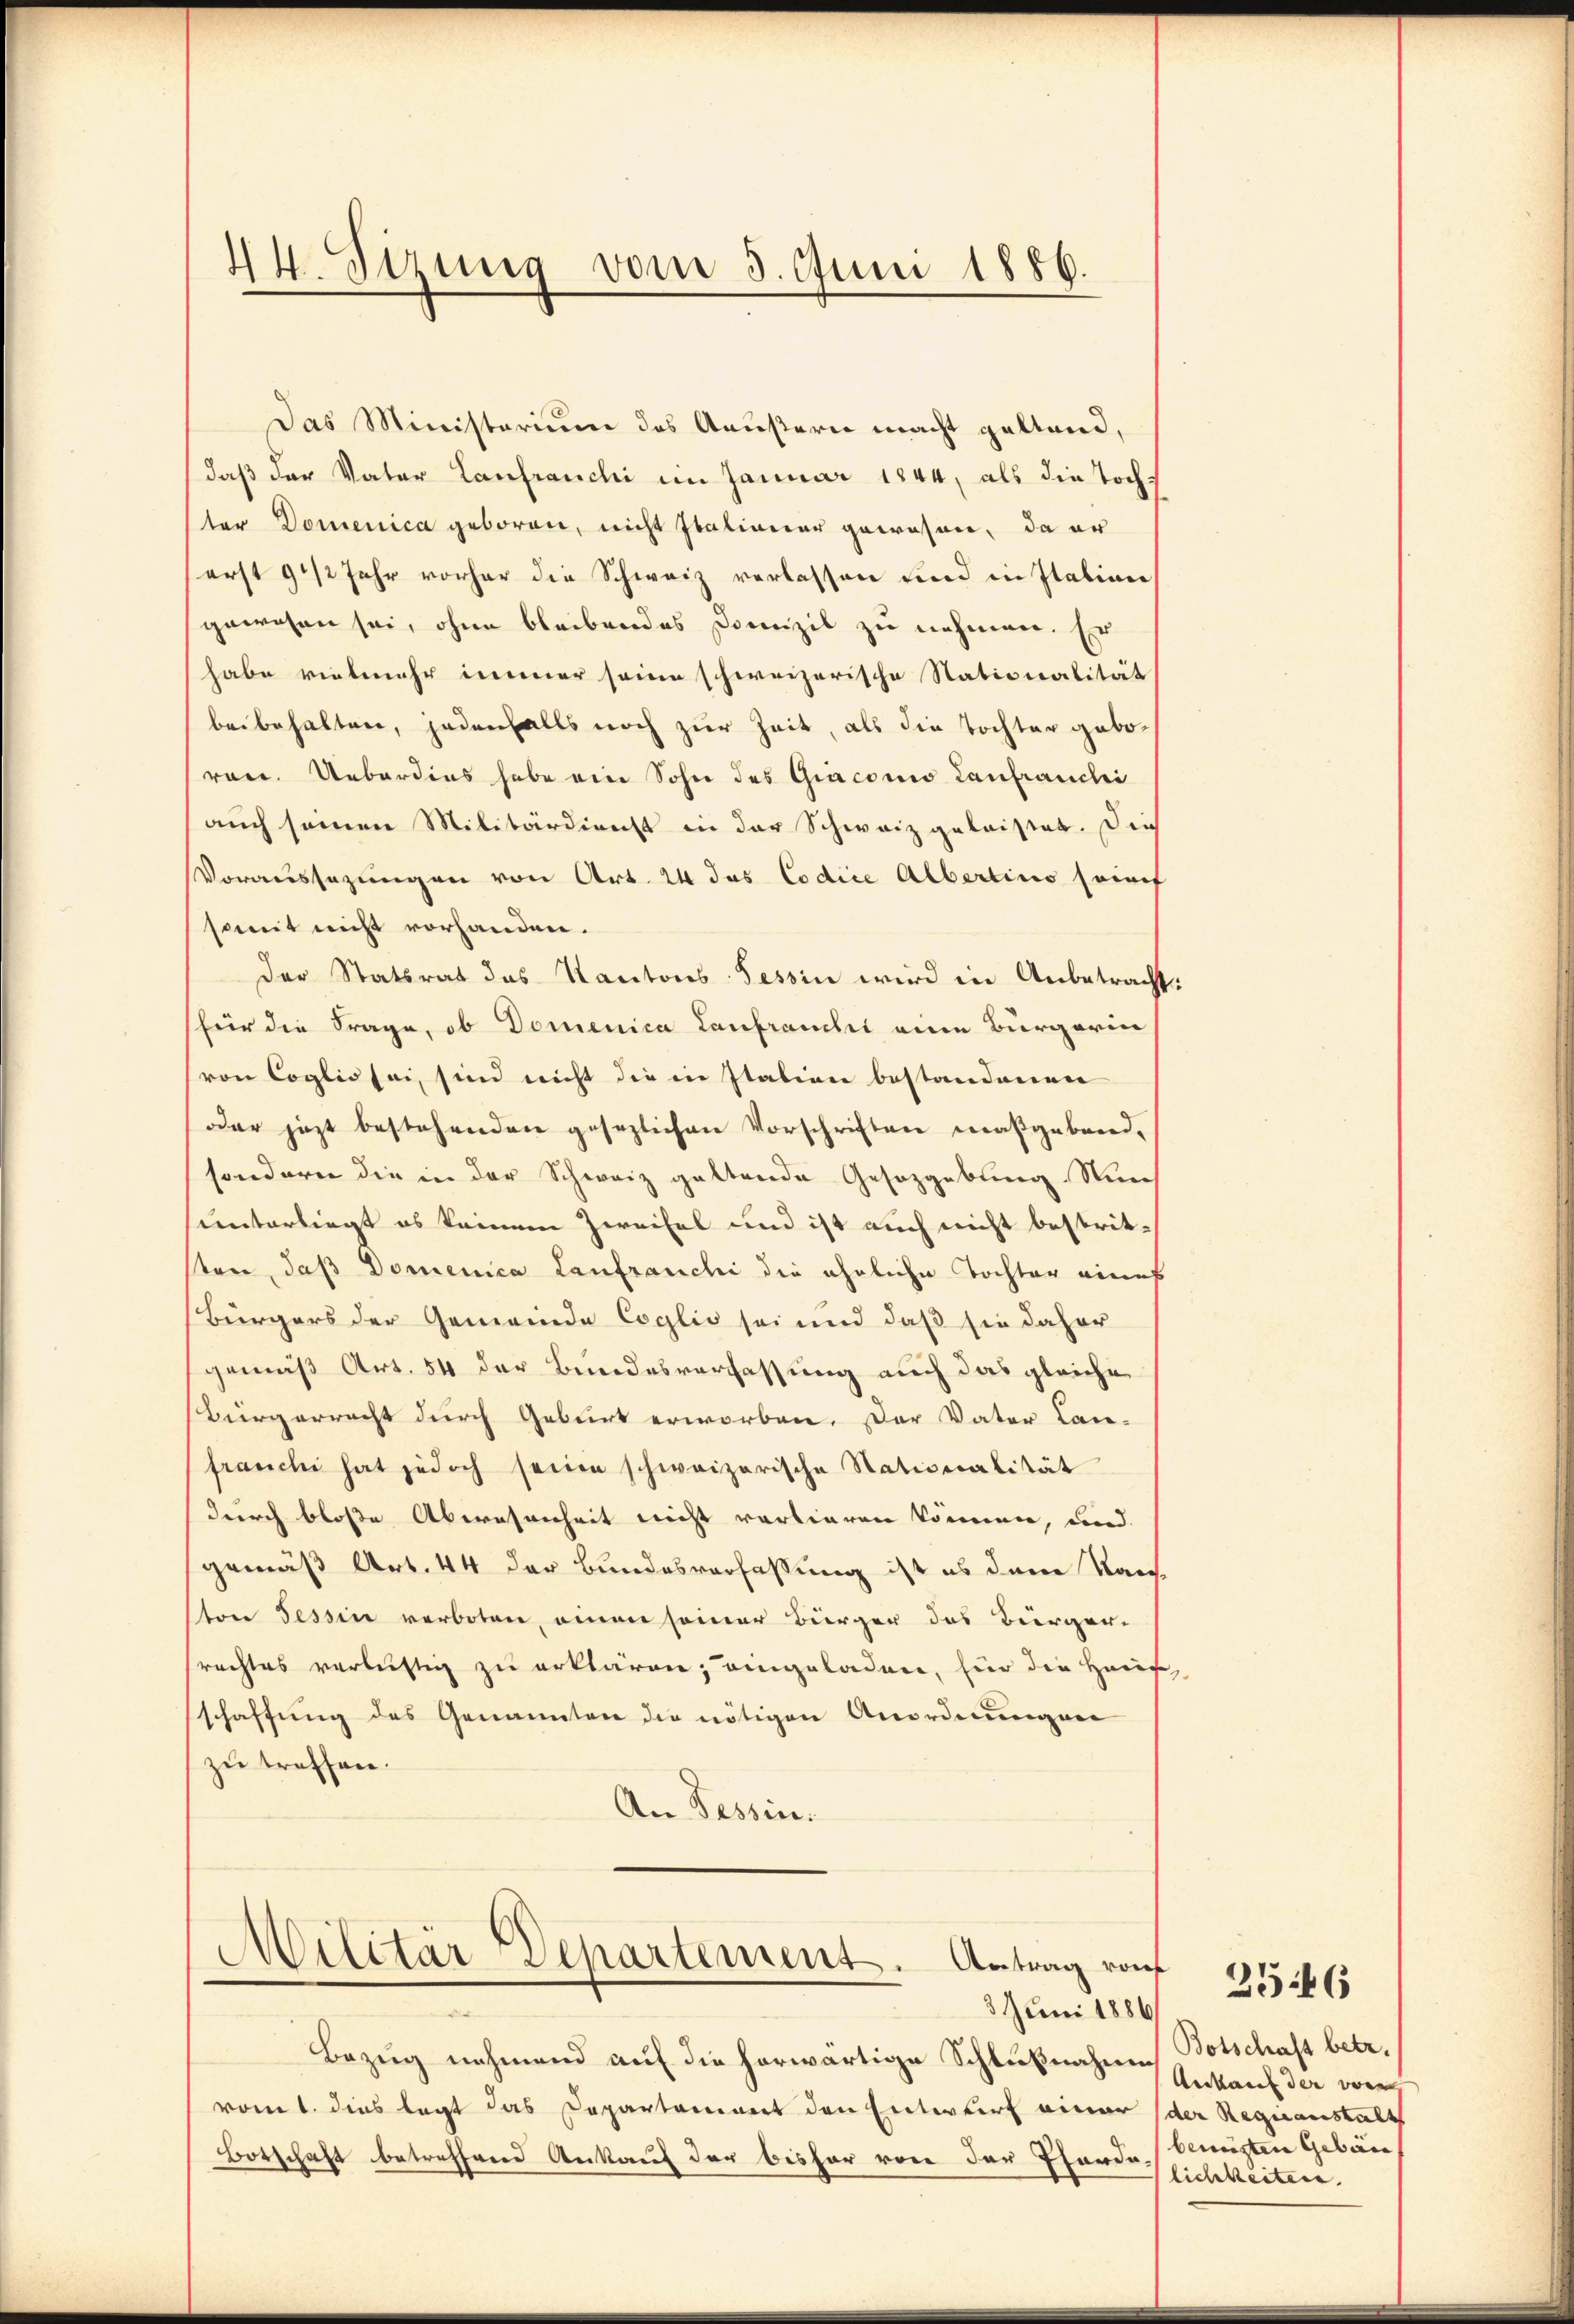
44. Sizung vom 3. Juni 1886.

Das Ministerium des Aeußern macht geltend,
daß der Vater Laufranchi im Januar 1844, als die Tochter Domenica geboren, nicht Italianer gewesen, da er
erst 9 1/2 Jahr vorher die Schweiz verlassen und in Italien
gewesen sei, ohne bleibendes Domizil zu nehmen. Er
habe vielmehr immer seine schweizerische Stationalität
beibehalten, jedenfalls noch zur Zeit, als die Tochter geboron. Ueberdies habe ein Sohn des Giaconio Laufranchi
auch seinen Militärdienst in der Schweiz geleistet. Dies
Voraussagungen von Art. 24 das Codice Albertins fünf
somit nicht vorhanden.
Der Statsrat des Kantons Tessin wird in Anbetracht:
(für die Frage, ob Domenica Lanbrauch eine Burgerin
von Coglio sei, sind nicht die in Italien bestandnerinne
oder jezt bestehenden gesezlichen Vorschriften maßgebend-
sondern die in der Schweiz galtende Gesetzgebung. Nurch
unterliegt es keinem Zweifel und ist auch nicht bestritten, daß Domenica Laufranchi die ähnliche Tochter eines
Bürgers der Gemeinde Coglio sei und daß sie daher
gemäß Art. 54 der Bundesverfassung auch das gleiche
Bürgerrecht durch Geburt erworben. Der Vater Lan-
franchi hat jedoch seine schweizerische Nationalität
durch bloße Abwesenheit nicht vorlieren können, und
gemäß Art. 44 der Bundesverfassung ist es dem Ran
ston Tessin verboten, einen seiner Bürger das Bürger-
srechtes verlustig zu erklären, eingeladen, für die Haus,
schaffung des Genannten die nötigen Anordnungen
zu treffen.
An Tessin.

Militär-Departement. Antrag von

Die
Bezug nehmend auf die herwärtige Schlußnahme Botschaft betr.
vomt. Dies legt das Departament den Entwurf einer (der Regieanstalt
Botschaft betreffend Ankauf der bisher von der Pharde beneigten Gebäu¬

3 Juni 1886/

Ankauf der von
lichkeiten.

25:46